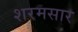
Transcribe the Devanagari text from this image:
शरमसार